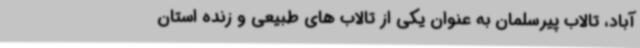
آباد، تالاب پیرسلمان به عنوان یکی از تالاب های طبیعی و زنده استان